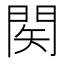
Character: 𨴊